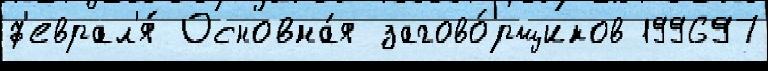
ф'еврал'я́ Основна́я загово́рщиков 199697